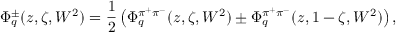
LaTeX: \Phi _ { q } ^ { \pm } ( z , \zeta , W ^ { 2 } ) = { \frac { 1 } { 2 } } \left( \Phi _ { q } ^ { \pi ^ { + } \pi ^ { - } } ( z , \zeta , W ^ { 2 } ) \pm \Phi _ { q } ^ { \pi ^ { + } \pi ^ { - } } ( z , 1 - \zeta , W ^ { 2 } ) \right) ,